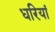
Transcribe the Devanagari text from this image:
धरियां